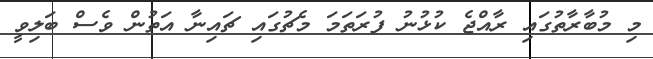
މި މުބާރާތުގައި ރާއްޖެ ކުޅުނު ފުރަތަމަ މެޗުގައި ޗައިނާ އަތުން ވެސް ބަލިވީ